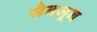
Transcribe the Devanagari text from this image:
जैनजून